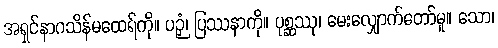
အရှင်နာဂသိန်မထေရ်ကို။ ပဉှံ၊ ပြဿနာကို။ ပုစ္ဆဿု၊ မေးလျှောက်တော်မူ။ သော၊